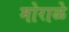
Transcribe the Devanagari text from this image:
मोराळे